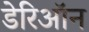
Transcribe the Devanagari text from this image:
डेरिऑन